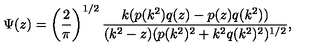
\Psi ( z ) = \left( \frac { 2 } { \pi } \right) ^ { 1 / 2 } \frac { k ( p ( k ^ { 2 } ) q ( z ) - p ( z ) q ( k ^ { 2 } ) ) } { ( k ^ { 2 } - z ) ( p ( k ^ { 2 } ) ^ { 2 } + k ^ { 2 } q ( k ^ { 2 } ) ^ { 2 } ) ^ { 1 / 2 } } ,